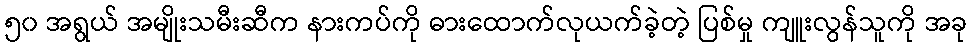
၅၀ အရွယ် အမျိုးသမီးဆီက နားကပ်ကို ဓားထောက်လုယက်ခဲ့တဲ့ ပြစ်မှု ကျူးလွန်သူကို အခု